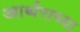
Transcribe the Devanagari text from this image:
आर्थराच्या